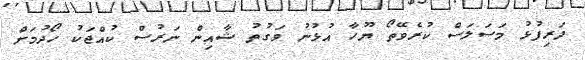
ދަރިފުޅު މަސަލަސް ކުރެވޭތޯ ޔޫހާ އުޅުނު ވަގުތު ޝާއިން ނަރުސް ކުއްޖަކު ހޯދުމަށް